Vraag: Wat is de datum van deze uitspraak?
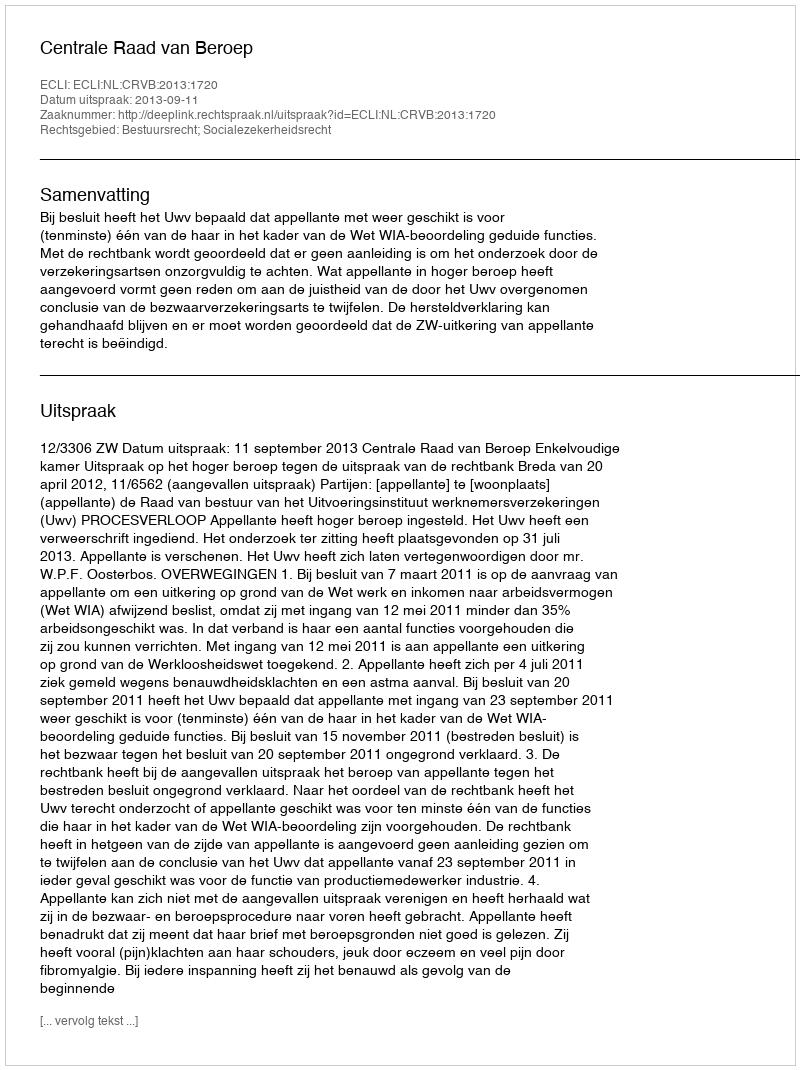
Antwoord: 2013-09-11